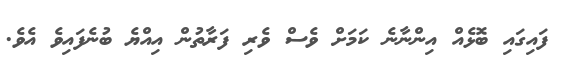
ފައިގައި ބޮޅެއް އިންނާނެ ކަމަށް ވެސް ވެރި ފަރާތުން އިއްޔެ ބުނެފައިވެ އެވެ.